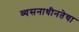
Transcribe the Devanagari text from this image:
व्यसनाधीनतेचा